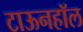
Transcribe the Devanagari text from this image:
टाऊनहॉल